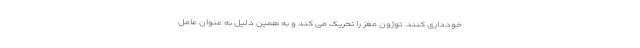
خودداری کنند. توژون مغز را تحریک می کند و به همین دلیل به عنوان عامل